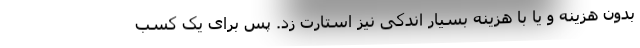
بدون هزینه و یا با هزینه بسیار اندکی نیز استارت زد. پس برای یک کسب